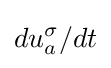
du_{a}^{\sigma }/dt